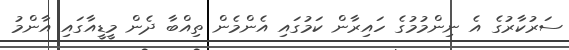
ސަރުކާރުގެ އެ ނިންމުމުގެ ހައިރާން ކަމުގައި އެންމެން ތިއްބާ ދެން މީޑީއާގައި އާންމު